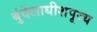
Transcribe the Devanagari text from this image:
बुंदेलाधीशपूज्य